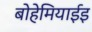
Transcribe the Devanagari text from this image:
बोहेमियाईइ